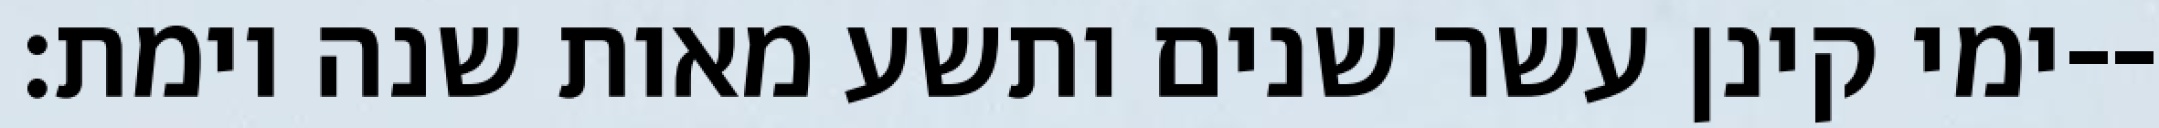
ימי קינן עשר שנים ותשע מאות שנה וימת׃--